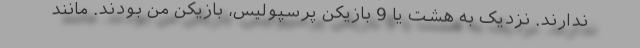
ندارند. نزدیک به هشت یا 9 بازیکن پرسپولیس، بازیکن من بودند. مانند